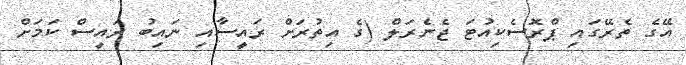
އޭގެ ތެރޭގައި ޕްރޮސެކިއުޓަ ޖެނެރަލް (ގެ އިތުރަށް ރައީސާއި ނައިބު ރައީސް ކަމަށް